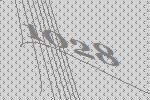
1028